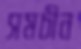
সমচীন